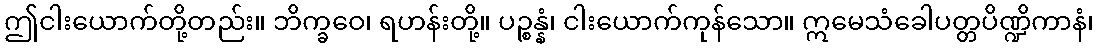
ဤငါးယောက်တို့တည်း။ ဘိက္ခဝေ၊ ရဟန်းတို့။ ပဉ္စန္နံ၊ ငါးယောက်ကုန်သော။ ဣမေသံခေါပတ္တပိဏ္ဍိကာနံ၊